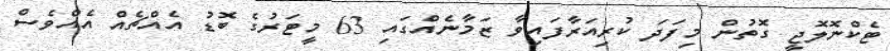
ޓެކްނޮލޮޖީ ގޮތުން މިފަދަ ކުރިއަރާފައިވާ ޒަމާނެއްގައި 63 މީޓަރުގެ ބޮޑު އެއްޗެއް އެއްވެސް